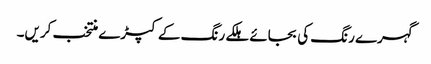
گہرے رنگ کی بجائے ہلکے رنگ کے کپڑے منتخب کریں۔